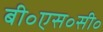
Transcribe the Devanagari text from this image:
बी॰एस॰सी॰